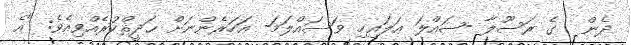
ދެން  ގެ ރަސޫލާ -ޞައްލަ ޢަލައިހި ވަސައްލަމަ- އަހަރެންނަށް ޙަދީޘްކުރެއްވިއެވެ: "އެ